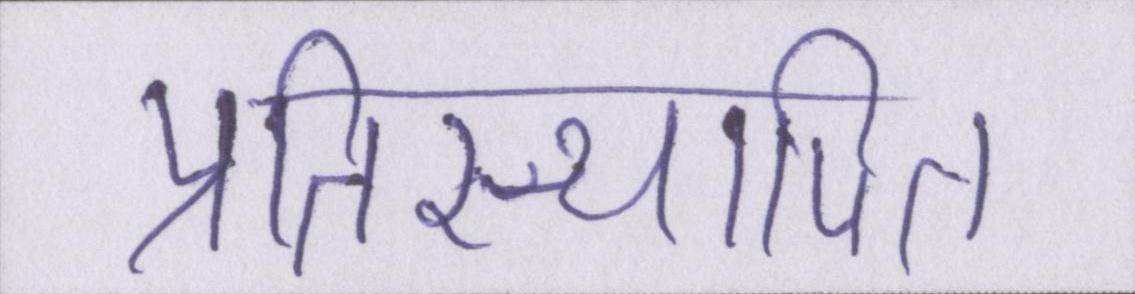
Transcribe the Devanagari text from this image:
प्रतिस्थापित